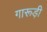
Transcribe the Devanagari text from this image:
गारूड़ी